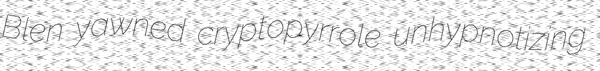
Blen yawned cryptopyrrole unhypnotizing